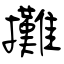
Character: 攤